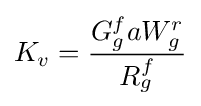
K_{v}={\frac {G_{g}^{f}aW_{g}^{r}}{R_{g}^{f}}}